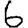
Digit: 6